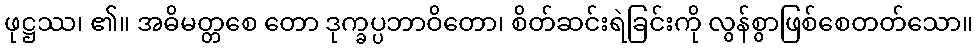
ဖုဋ္ဌဿ၊ ၏။ အဓိမတ္တစေ တော ဒုက္ခပ္ပဘာဝိတော၊ စိတ်ဆင်းရဲခြင်းကို လွန်စွာဖြစ်စေတတ်သော။